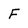
Character: F